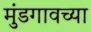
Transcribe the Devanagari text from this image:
मुंडगावच्या